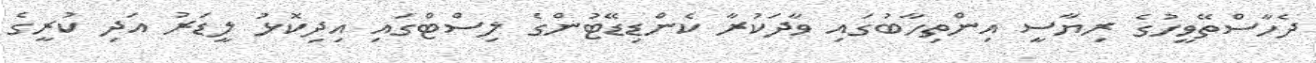
ދެހާސްތޭވީހުގެ ރިޔާސީ އިންތިހާބުގައި ވާދަކުރާ ކެންޑިޑޭޓުންގެ ލިސްޓްގައި އިދިކޮޅު ލީޑަރު އަދި ކުރީގެ